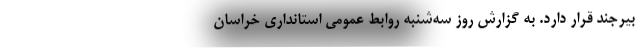
بیرجند قرار دارد. به گزارش روز سه‌شنبه روابط عمومی استانداری خراسان